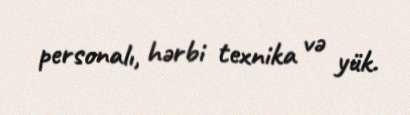
personalı, hərbi texnika və yük.